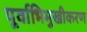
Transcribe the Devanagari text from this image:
पूर्वाभिमुखीकरण